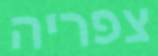
צפריה